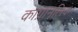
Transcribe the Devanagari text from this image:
काग़ानलिक